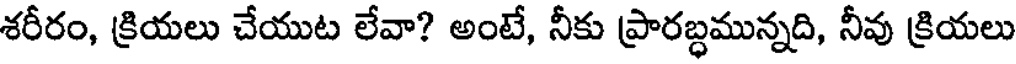
శరీరం, క్రియలు చేయుట లేవా? అంటే, నీకు ప్రారబ్ధమున్నది, నీవు క్రియలు